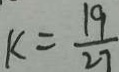
k = \frac { 1 9 } { 2 7 }